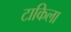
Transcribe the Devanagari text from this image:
टाकिला